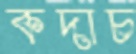
কদাচ